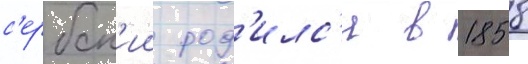
с'ербск'ии род'илс'я в 1858